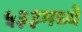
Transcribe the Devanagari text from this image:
५३३मध्ये